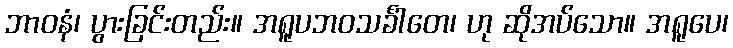
ဘာဝနံ၊ ပွားခြင်းတည်း။ အရူပဘဝသင်္ခါတေ၊ ဟု ဆိုအပ်သော။ အရူပေ၊